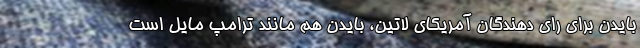
بایدن برای رای دهندگان آمریکای لاتین، بایدن هم مانند ترامپ مایل است